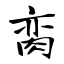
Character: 脔